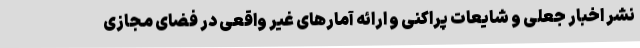
نشر اخبار جعلی و شایعات پراکنی و ارائه آمارهای غیر واقعی در فضای مجازی